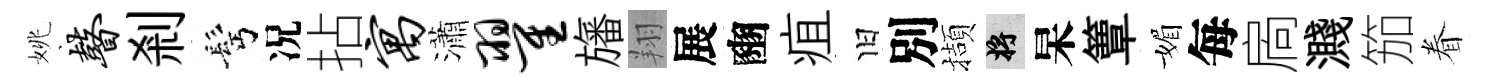
姚瞽剎髩况拈寓瀟翟旛翔展豳疽旧別擷將杲簟媚每扄濺笳眷